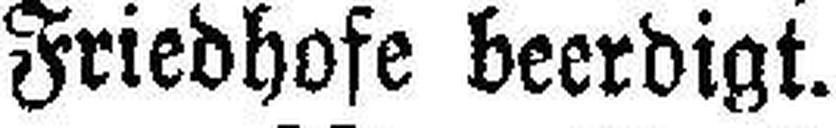
Friedhofe beerdigt.